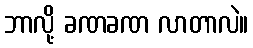
ဘာလို့ ခဏခဏ လာတာလဲ။